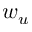
w _ { u }